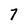
Character: 7